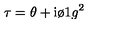
\tau = \theta + \mathrm { i } { \o { 1 } { g ^ { 2 } } }